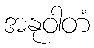
အနုဝါတံ